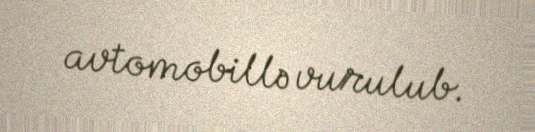
avtomobillə vurulub.